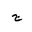
Letter: _gim